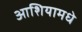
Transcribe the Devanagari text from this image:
आशियामधे